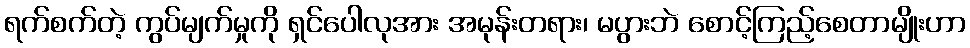
ရက်စက်တဲ့ ကွပ်မျက်မှုကို ရှင်ပေါလုအား အမုန်းတရား၊ မပွားဘဲ စောင့်ကြည့်စေတာမျိုးဟာ